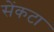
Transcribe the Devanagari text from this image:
सेंकटा